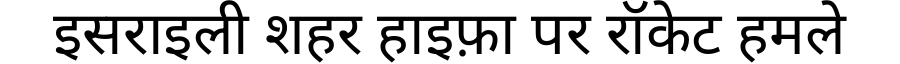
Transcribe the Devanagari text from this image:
इसराइली शहर हाइफ़ा पर रॉकेट हमले